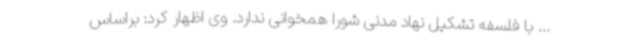
... با فلسفه تشکیل نهاد مدنی شورا همخوانی ندارد. وی اظهار کرد: براساس